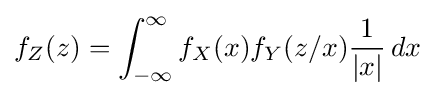
f_{Z}(z)=\int _{-\infty }^{\infty }f_{X}(x)f_{Y}(z/x){\frac {1}{|x|}}\,dx